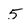
Character: 5